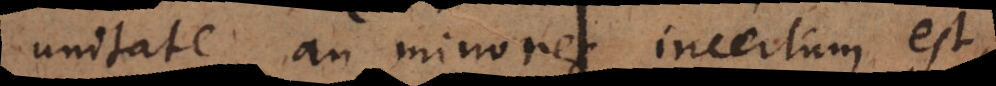
unitate an minores incertum est,